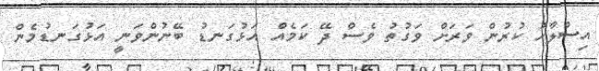
އިސްލާހު ކުރުން ވަރަށް ވަގުތު ވެސް ދޭ ކަމެއް އަޅުގަނޑު ބޭނުންވަނީ އަޅުގަނޑުމެން